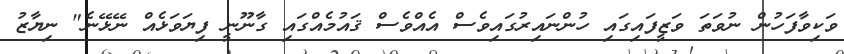
ވަކިވާފަހުން ނުވަތަ ވަޒީފައިގައި ހުންނައިރުގައިވެސް އެއްވެސް ޤައުމެއްގައި ގާނޫނީ ފިޔަވަޅެއް ނޭޅޭނެ" ނިޔާޒު